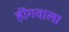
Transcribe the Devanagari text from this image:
हींगवाला